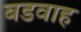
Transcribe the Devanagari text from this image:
बडवाह